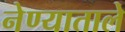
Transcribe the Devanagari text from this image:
नेण्याताले